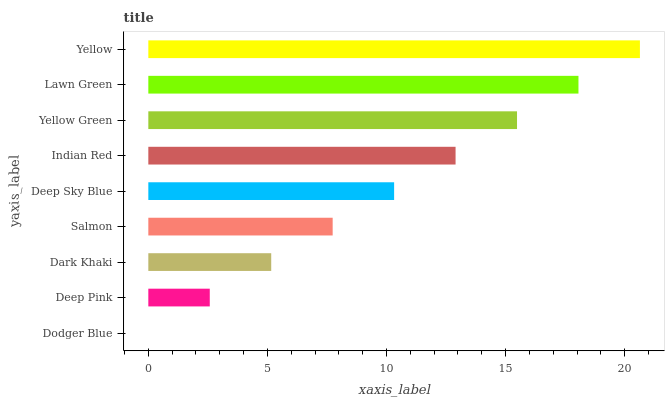
| yaxis_label | bars |
 | --- | --- |
 | Dodger Blue | 0 |
 | Deep Pink | 2.58 |
 | Dark Khaki | 5.16 |
 | Salmon | 7.74 |
 | Deep Sky Blue | 10.3 |
 | Indian Red | 12.9 |
 | Yellow Green | 15.5 |
 | Lawn Green | 18.1 |
 | Yellow | 20.6 |